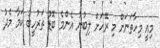
މިއީ މިހާތަނަށް މި ރޭހަށް ލިބުނު އެންމެ ބޮޑު ތަރުހީބު ކަމާ މެދު